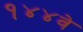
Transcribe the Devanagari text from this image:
१४४वे